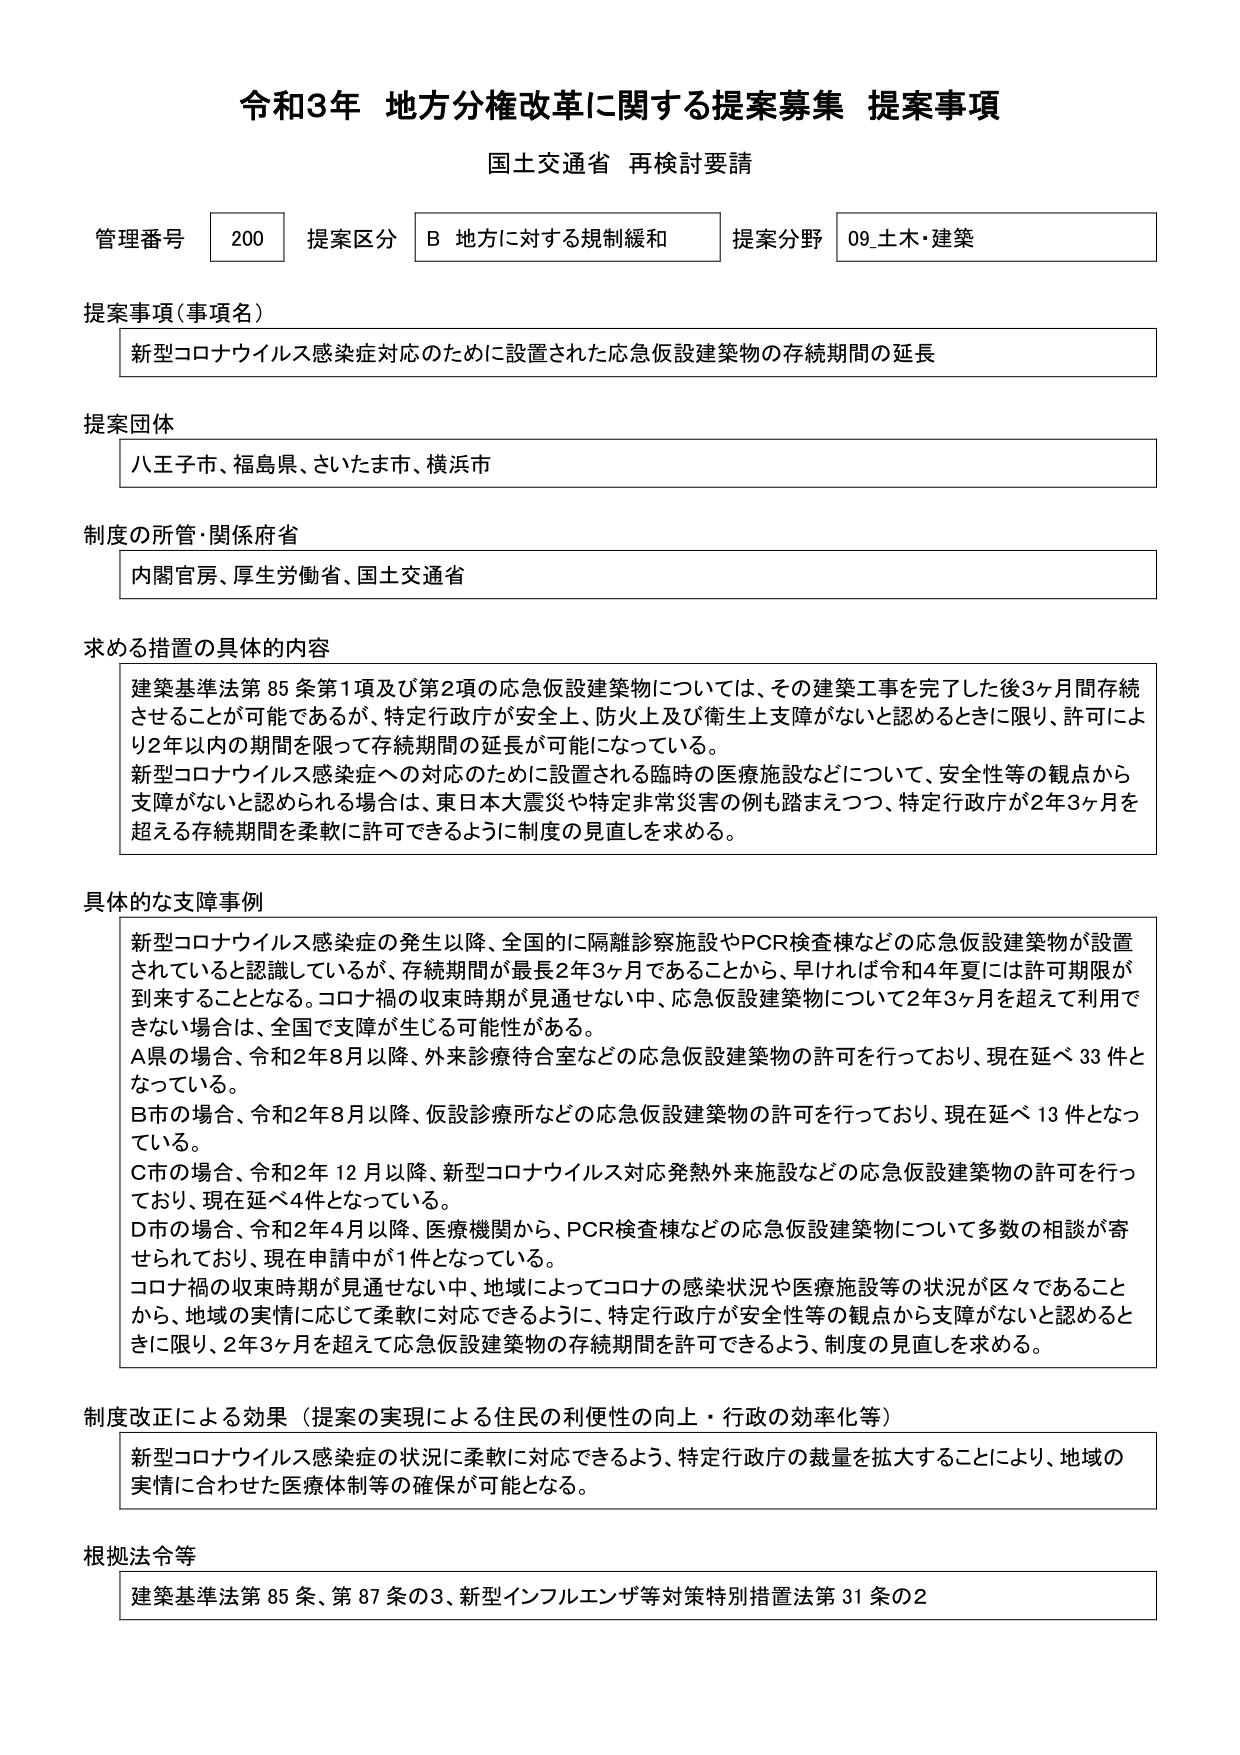
令和3年 地方分権改革に関する提案募集 提案事項
国土交通省 再検討要請

管理番号 200 提案区分 B 地方に対する規制緩和 提案分野 09_土木・建築

提案事項（事項名）
新型コロナウイルス感染症対応のために設置された応急仮設建築物の存続期間の延長

提案団体
八王子市、福島県、さいたま市、横浜市

制度の所管・関係府省
内閣官房、厚生労働省、国土交通省

求める措置の具体的内容
建築基準法第85条第1項及び第2項の応急仮設建築物については、その建築工事を完了した後3ヶ月間存続させることができると可能であるが、特定行政庁が安全上、防火上及び衛生上支障がないと認めるときに限り、許可により2年以内の期間を限って存続期間の延長が可能になっている。
新型コロナウイルス感染症への対応のために設置される臨時の医療施設などについて、安全性等の観点から支障がないと認められる場合は、東日本大震災や特定非常災害の例も踏まえつつ、特定行政庁が2年3ヶ月を超える存続期間を柔軟に許可できるように制度の見直しを求める。

具体的な支障事例
新型コロナウイルス感染症の発生以降、全国的に隔離診察施設やPCR検査棟などの応急仮設建築物が設置されていると認識しているが、存続期間が最長2年3ヶ月であることから、早ければ令和4年夏には許可期限が到来することとなる。コロナ禍の収束時期が見通せない中、応急仮設建築物について2年3ヶ月を超えて利用できない場合は、全国で支障が生じる可能性がある。
A県の場合、令和2年8月以降、外来診療待合室などの応急仮設建築物の許可を行っており、現在延べ33件となっている。
B市の場合、令和2年8月以降、仮設診療所などの応急仮設建築物の許可を行っており、現在延べ13件となっている。
C市の場合、令和2年12月以降、新型コロナウイルス対応発熱外来施設などの応急仮設建築物の許可を行っており、現在延べ4件となっている。
D市の場合、令和2年4月以降、医療機関から、PCR検査棟などの応急仮設建築物について多数の相談が寄せられており、現在申請中が1件となっている。
コロナ禍の収束時期が見通せない中、地域によってコロナの感染状況や医療施設等の状況が区々であることから、地域の実情に応じて柔軟に対応できるように、特定行政庁が安全性等の観点から支障がないと認めるときに限り、2年3ヶ月を超えて応急仮設建築物の存続期間を許可できるよう、制度の見直しを求める。

制度改正による効果（提案の実現による住民の利便性の向上・行政の効率化等）
新型コロナウイルス感染症の状況に柔軟に対応できるよう、特定行政庁の裁量を拡大することにより、地域の実情に合わせた医療体制等の確保が可能となる。

根拠法令等
建築基準法第85条、第87条の3、新型インフルエンザ等対策特別措置法第31条の2